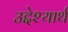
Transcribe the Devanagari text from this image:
उद्देश्यार्थ